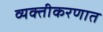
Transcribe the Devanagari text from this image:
व्यक्तीकरणात